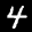
Label: 4